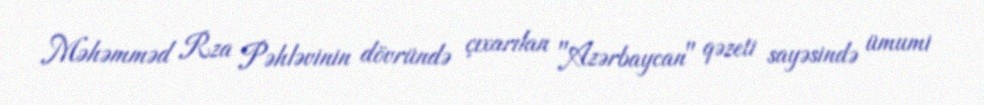
Məhəmməd Rza Pəhləvinin dövründə çıxarılan "Azərbaycan" qəzeti sayəsində ümumi